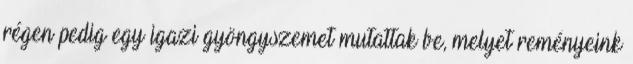
régen pedig egy igazi gyöngyszemet mutattak be, melyet reményeink